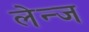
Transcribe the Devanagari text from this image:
लेन्ज